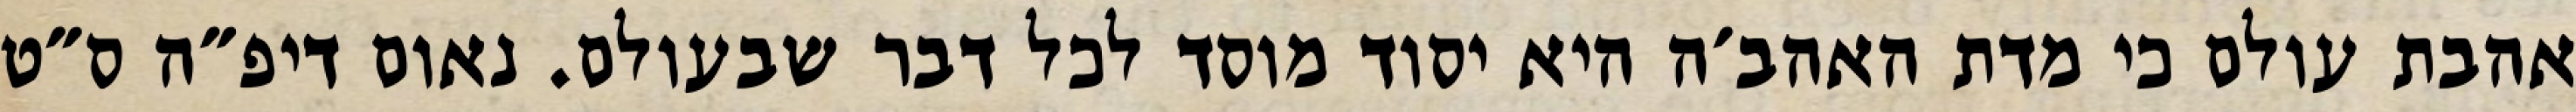
אהבת עולם כי מדת האהב׳ה היא יסוד מוסד לכל דבר שבעולם. נאום דיפ״ה ס״ט